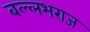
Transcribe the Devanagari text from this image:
बल्लभराज